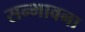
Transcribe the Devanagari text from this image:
सन्भावना